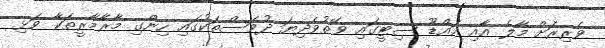
ވެރިރަށް މާލެ އާއި އައްޑޫ ސިޓީގައި ވޭތުވެދިޔަ ދުވަސްތަކުގައި ހިންގި މާރާމާރީތަކާ ވަޅި